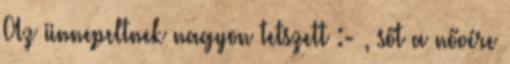
Az ünnepeltnek nagyon tetszett :- , sőt a nővére